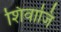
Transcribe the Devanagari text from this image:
शिवाजि